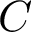
C